Indian journal of veterinary science and animal husbandry - Volumes 15-17, 1948-1951
Year: 1948
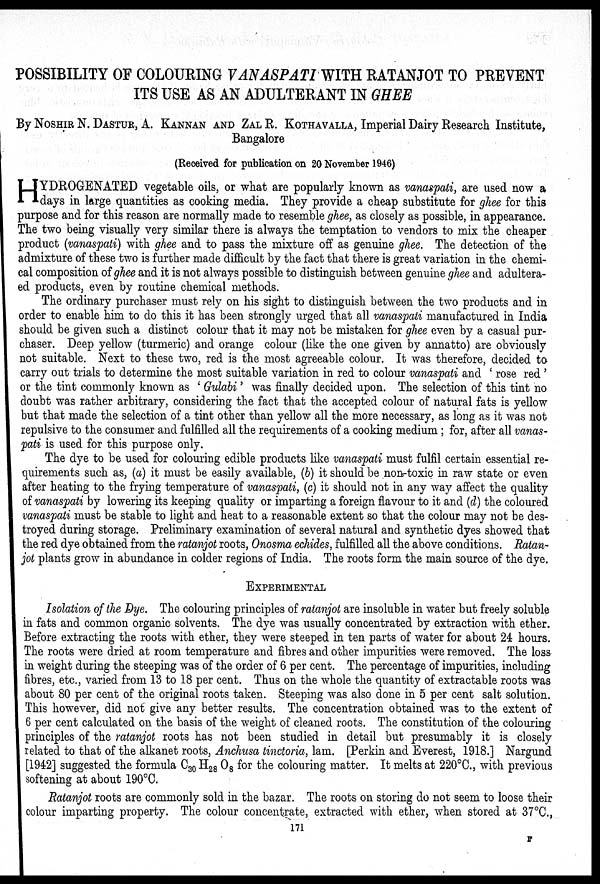
POSSIBILITY OF COLOURING VANASPATI WITH RATANJOT TO PREVENT
ITS USE AS AN ADULTERANT IN GHEE
By NOSHIR N. DASTUR, A. KANNAN AND ZAL R. KOTHAVALLA, Imperial Dairy Research Institute,
Bangalore
(Received for publication on 20 November 1946)
H YDROGENATED vegetable oils, or what are popularly known as vanaspati, are used now a
days in large quantities as cooking media. They provide a cheap substitute for ghee for this
purpose and for this reason are normally made to resemble ghee, as closely as possible, in appearance.
The two being visually very similar there is always the temptation to vendors to mix the cheaper
product (vanaspati) with ghee and to pass the mixture off as genuine ghee. The detection of the
admixture of these two is further made difficult by the fact that there is great variation in the chemi-
cal composition of ghee and it is not always possible to distinguish between genuine ghee and adultera-
ed products, even by routine chemical methods.
The ordinary purchaser must rely on his sight to distinguish between the two products and in
order to enable him to do this it has been strongly urged that all vanaspati manufactured in India
should be given such a distinct colour that it may not be mistaken for ghee even by a casual pur-
chaser. Deep yellow (turmeric) and orange colour (like the one given by annatto) are obviously
not suitable. Next to these two, red is the most agreeable colour. It was therefore, decided to
carry out trials to determine the most suitable variation in red to colour vanaspati and 'rose red'
or the tint commonly known as 'Gulabi' was finally decided upon. The selection of this tint no
doubt was rather arbitrary, considering the fact that the accepted colour of natural fats is yellow
but that made the selection of a tint other than yellow all the more necessary, as long as it was not
repulsive to the consumer and fulfilled all the requirements of a cooking medium; for, after all vanas-
pati is used for this purpose only.
The dye to be used for colouring edible products like vanaspati must fulfil certain essential re-
quirements such as, (a) it must be easily available, (b) it should be non-toxic in raw state or even
after heating to the frying temperature of vanaspati, (c) it should not in any way affect the quality
of vanaspati by lowering its keeping quality or imparting a foreign flavour to it and (d) the coloured
vanaspati must be stable to light and heat to a reasonable extent so that the colour may not be des-
troyed during storage. Preliminary examination of several natural and synthetic dyes showed that
the red dye obtained from the ratanjot roots, Onosma echides, fulfilled all the above conditions. Ratan-
jot plants grow in abundance in colder regions of India. The roots form the main source of the dye.
EXPERIMENTAL
Isolation of the Dye. The colouring principles of ratanjot are insoluble in water but freely soluble
in fats and common organic solvents. The dye was usually concentrated by extraction with ether.
Before extracting the roots with ether, they were steeped in ten parts of water for about 24 hours.
The roots were dried at room temperature and fibres and other impurities were removed. The loss
in weight during the steeping was of the order of 6 per cent. The percentage of impurities, including
fibres, etc., varied from 13 to 18 per cent. Thus on the whole the quantity of extractable roots was
about 80 per cent of the original roots taken. Steeping was also done in 5 per cent salt solution.
This however, did not give any better results. The concentration obtained was to the extent of
6 per cent calculated on the basis of the weight of cleaned roots. The constitution of the colouring
principles of the ratanjot roots has not been studied in detail but presumably it is closely
related to that of the alkanet roots, Anchusa tinctoria, lam. [Perkin and Everest, 1918.] Nargund
[1942] suggested the formula C 30 H 28 O 8 for the colouring matter. It melts at 220ºC., with previous
softening at about 190ºC.
Ratanjot roots are commonly sold in the bazar. The roots on storing do not seem to loose their
colour imparting property. The colour concentrate, extracted with ether, when stored at 37ºC.,
171
F